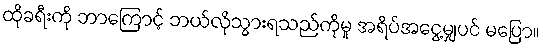
ထိုခရီးကို ဘာကြောင့် ဘယ်လိုသွားရသည်ကိုမူ အရိပ်အငွေ့မျှပင် မပြော။